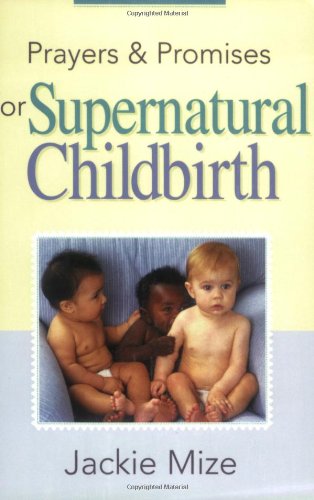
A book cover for Prayers And Promises for Supernatural Childbirth; Jackie Mize; Christian Books & Bibles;